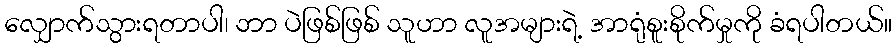
လျှောက်သွားရတာပါ၊ ဘာ ပဲဖြစ်ဖြစ် သူဟာ လူအများရဲ့ အာရုံစူးစိုက်မှုကို ခံရပါတယ်။